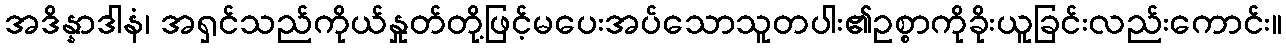
အဒိန္နာဒါနံ၊ အရှင်သည်ကိုယ်နှုတ်တို့ဖြင့်မပေးအပ်သောသူတပါး၏ဥစ္စာကိုခိုးယူခြင်းလည်းကောင်း။